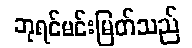
ဘုရင်မင်းမြတ်သည်